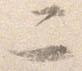
二